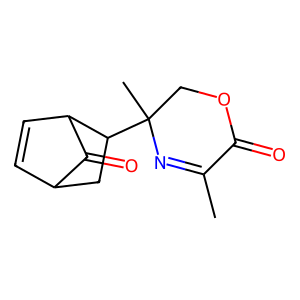
SMILES: CC1=NC(C)(C2CC3C=CC2C3=O)COC1=O
Inhibits HIV replication: No